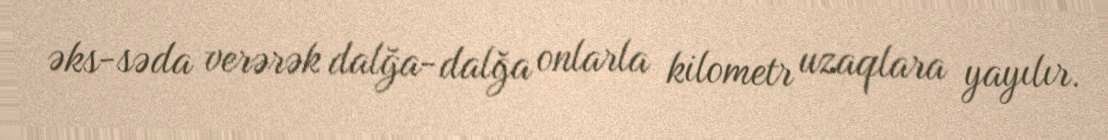
əks-səda verərək dalğa-dalğa onlarla kilometr uzaqlara yayılır.